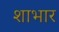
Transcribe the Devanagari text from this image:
शाभार